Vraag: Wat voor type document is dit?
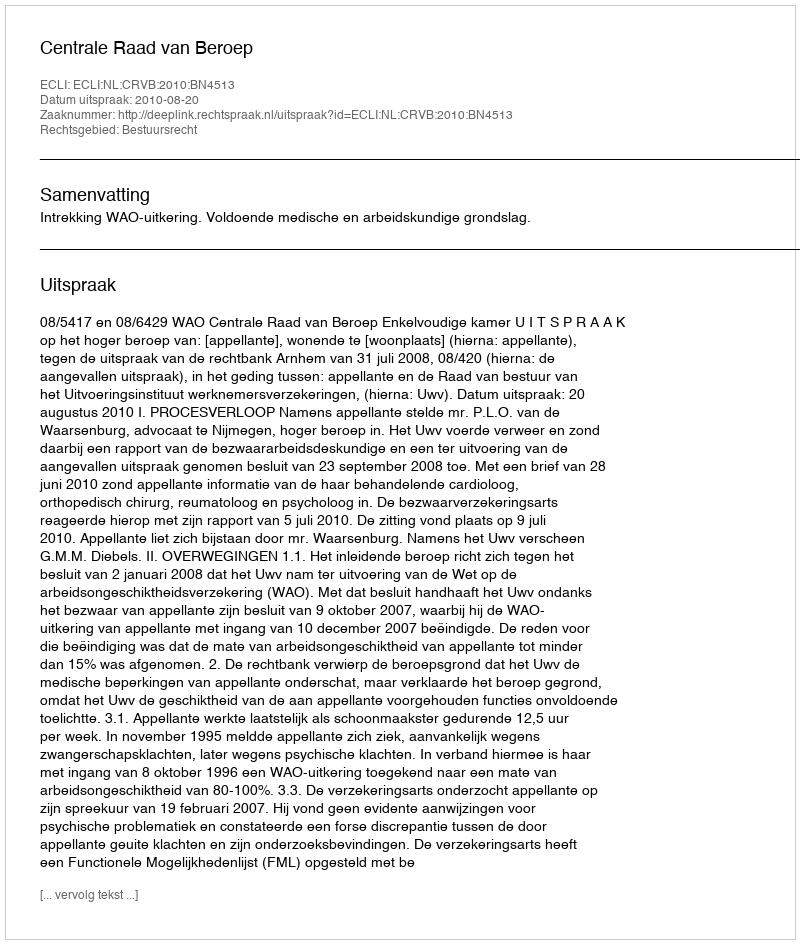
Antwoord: Uitspraak